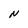
Character: N